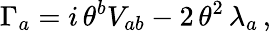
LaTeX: \Gamma_{a}=i\, \theta^{b}V_{ab}-2\, \theta^{2}\, \lambda_{a}\, ,